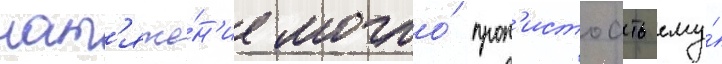
нат'яже́н'ие могло́ прот'истоать ему́